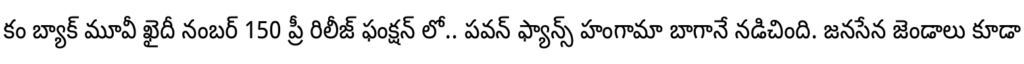
కం బ్యాక్ మూవీ ఖైదీ నంబర్ 150 ప్రీ రిలీజ్ ఫంక్షన్ లో.. పవన్ ఫ్యాన్స్ హంగామా బాగానే నడిచింది. జనసేన జెండాలు కూడా